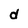
Character: d